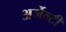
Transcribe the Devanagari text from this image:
अर्जेन्टी